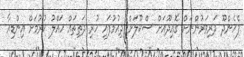
ފެހެންދޫ ދަރިވަރުންނަށް ގޮއިދޫއަށް ސްކޫލަށް ދިއުމުފައި ހުރި ދަތިތައް ހައްލު ކުރުމަށް އިންޑިއާ